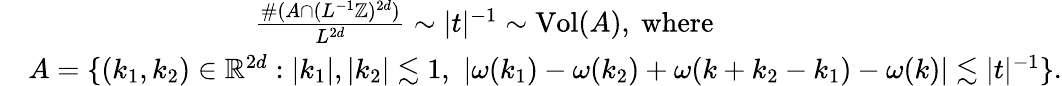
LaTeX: \begin{array}{rl}&{\qquad\qquad\qquad\qquad\frac{\# (A\cap(L^{-1}\mathbb{Z})^{2d})}{L^{2d}}\sim|t|^{-1}\sim\mathrm{Vol}(A),\mathrm{\ where}}\\ &{A=\{ (k_{1},k_{2})\in\mathbb R^{2d}:|k_{1}|,|k_{2}|\lesssim 1,\, \, |\omega(k_{1})-\omega(k_{2})+\omega(k+k_{2}-k_{1})-\omega(k)|\lesssim|t|^{-1}\} .}\end{array}